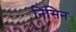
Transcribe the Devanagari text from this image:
निसिन